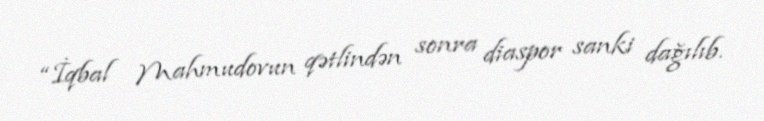
“İqbal Mahmudovun qətlindən sonra diaspor sanki dağılıb.